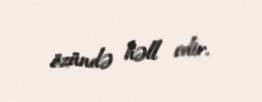
özündə həll edir.